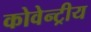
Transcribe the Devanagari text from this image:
कोवेन्ट्रीय